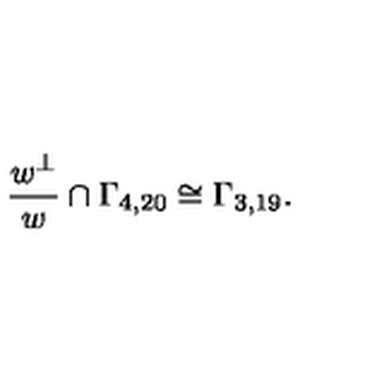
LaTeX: \frac { w ^ { \perp } } { w } \cap \Gamma _ { 4 , 2 0 } \cong \Gamma _ { 3 , 1 9 } .